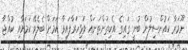
ނޫމަރާ ކައުންސިލުން ބުނީ ގައިގެ އެކިތަންތަނައް ވަޅިހަރާފައިވާ ކަމަށް ބެލެވޭ ކަމަށާއި ކުއްޖާ